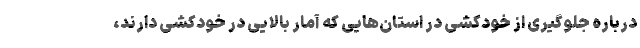
درباره جلوگیری از خودکشی در استان‌هایی که آمار بالایی در خودکشی دارند،